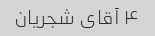
۴ آقای شجریان